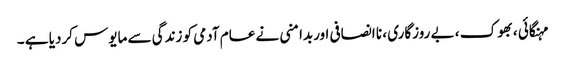
مہنگائی ، بھوک ، بے روزگاری ، نا انصافی اوربدامنی نے عام آدمی کو زندگی سے مایوس کردیا ہے ۔